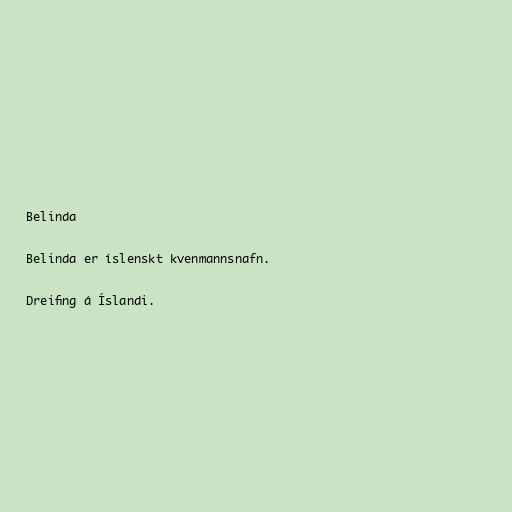
Belinda

Belinda er íslenskt kvenmannsnafn.

Dreifing á Íslandi.